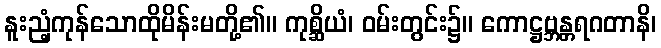
နူးညံ့ကုန်သောထိုမိန်းမတို့၏။ ကုစ္ဆိယံ၊ ဝမ်းတွင်း၌။ ကောဋ္ဌဗ္ဘန္တရဂတာနိ၊